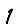
Digit: 1